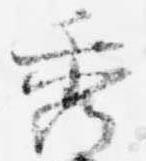
秀